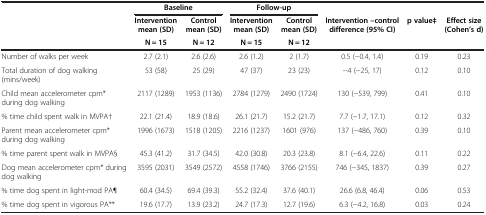
|  | <COLSPAN=2> Baseline | <COLSPAN=2> Follow-up |  |  |  |
 |  | Intervention mean (SD) | Control mean (SD) | Intervention mean (SD) | Control mean (SD) | Intervention –control difference (95% CI) | p value‡ | Effect size (Cohen’s d) |
 |  | N = 15 | N = 12 | N = 15 | N = 12 |  |  |  |
 | --- | --- | --- | --- | --- | --- | --- | --- |
 | Number of walks per week | 2.7 (2.1) | 2.6 (2.6) | 2.6 (1.2) | 2 (1.7) | 0.5 (-0.4, 1.4) | 0.19 | 0.23 |
 | Total duration of dog walking (mins/week) | 53 (58) | 25 (29) | 47 (37) | 23 (23) | -4 (-25, 17) | 0.12 | 0.10 |
 | Child mean accelerometer cpm* during dog walking | 2117 (1289) | 1953 (1136) | 2784 (1279) | 2490 (1724) | 130 (-539, 799) | 0.41 | 0.10 |
 | % time child spent walk in MVPA† | 22.1 (21.4) | 18.9 (18.6) | 26.1 (21.7) | 15.2 (21.7) | 7.7 (-1.7, 17.1) | 0.12 | 0.32 |
 | Parent mean accelerometer cpm* during dog walking | 1996 (1673) | 1518 (1205) | 2216 (1237) | 1601 (976) | 137 (-486, 760) | 0.39 | 0.10 |
 | % time parent spent walk in MVPA§ | 45.3 (41.2) | 31.7 (34.5) | 42.0 (30.8) | 20.3 (23.8) | 8.1 (-6.4, 22.6) | 0.11 | 0.22 |
 | Dog mean accelerometer cpm* during dog walking | 3595 (2031) | 3549 (2572) | 4558 (1746) | 3766 (2155) | 746 (-345, 1837) | 0.39 | 0.27 |
 | % time dog spent in light-mod PA¶ | 60.4 (34.5) | 69.4 (39.3) | 55.2 (32.4) | 37.6 (40.1) | 26.6 (6.8, 46.4) | 0.06 | 0.53 |
 | % time dog spent in vigorous PA** | 19.6 (17.7) | 13.9 (23.2) | 24.7 (17.3) | 12.7 (19.6) | 6.3 (-4.2, 16.8) | 0.03 | 0.24 |